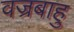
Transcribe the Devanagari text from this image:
वज्रबाहु